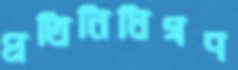
প্রতিনিধিগণ